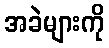
အခဲများကို